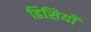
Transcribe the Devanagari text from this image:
हिसियों